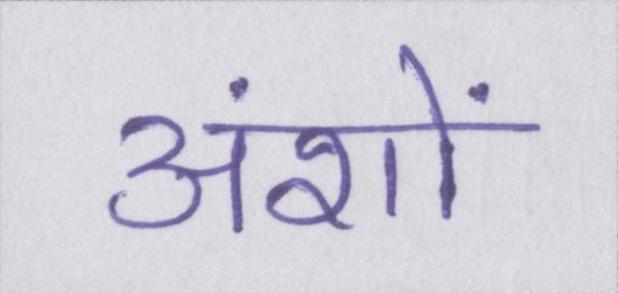
अंशों